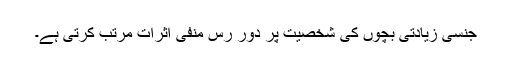
جنسی زیادتی بچوں کی شخصیت پر دور رس منفی اثرات مرتب کرتی ہے۔